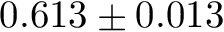
0 . 6 1 3 \pm 0 . 0 1 3